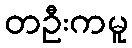
တဦးကမူ